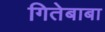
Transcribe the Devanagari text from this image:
गितेबाबा